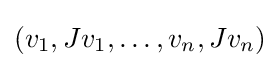
(v_{1},Jv_{1},\dots ,v_{n},Jv_{n})